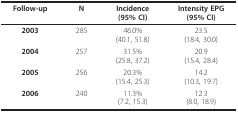
<table><thead><tr><td><b>Follow-up</b></td><td><b>N</b></td><td><b>Incidence(95% CI)</b></td><td><b>Intensity EPG(95% CI)</b></td></tr></thead><tbody><tr><td><b>2003</b></td><td>285</td><td>46.0%(40.1, 51.8)</td><td>23.5(18.4, 30.0)</td></tr><tr><td><b>2004</b></td><td>257</td><td>31.5%(25.8, 37.2)</td><td>20.9(15.4, 28.4)</td></tr><tr><td><b>2005</b></td><td>256</td><td>20.3%(15.4, 25.3)</td><td>14.2(10.3, 19.7)</td></tr><tr><td><b>2006</b></td><td>240</td><td>11.3%(7.2, 15.3)</td><td>12.3(8.0, 18.9)</td></tr></tbody></table>